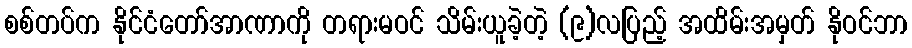
စစ်တပ်က နိုင်ငံတော်အာဏာကို တရားမဝင် သိမ်းယူခဲ့တဲ့ (၉)လပြည့် အထိမ်းအမှတ် နိုဝင်ဘာ